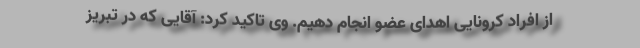
از افراد کرونایی اهدای عضو انجام دهیم. وی تاکید کرد: آقایی که در تبریز